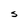
Character: S